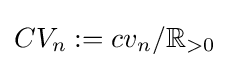
CV_{n}:=cv_{n}/\mathbb {R} _{>0}